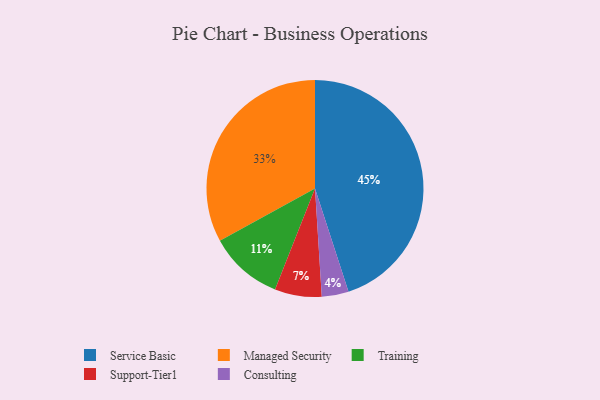
{"axis": {"x": "Category", "y": "Percentage"}, "legend": ["Consulting", "Managed Security", "Service Basic", "Support-Tier1", "Training"], "data": [{"x": "Managed Security", "y": 33, "type": "Managed Security"}, {"x": "Training", "y": 11, "type": "Training"}, {"x": "Service Basic", "y": 45, "type": "Service Basic"}, {"x": "Consulting", "y": 4, "type": "Consulting"}, {"x": "Support-Tier1", "y": 7, "type": "Support-Tier1"}]}